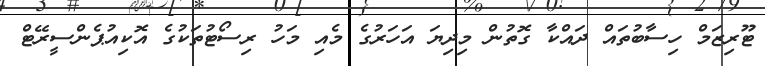
ޓޫރިޒަމް ހިސާބުތައް ދައްކާ ގޮތުން މިދިޔަ އަހަރުގެ މެއި މަހު ރިސޯޓުތަކުގެ އޮކިއުޕެންސީރޭޓް